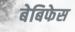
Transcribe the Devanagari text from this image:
बेबिफेस